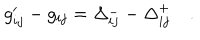
LaTeX: g _ { i j } ^ { \prime } - g _ { i j } = \Delta _ { i j } ^ { - } - \Delta _ { i j } ^ { + } \quad .